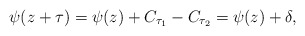
\begin{align*}\psi(z+\tau)=\psi(z)+C_{\tau_1}-C_{\tau_2}=\psi(z)+\delta,\end{align*}